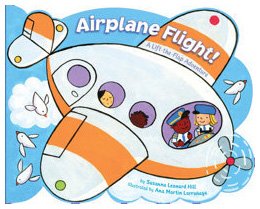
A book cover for Airplane Flight!: A Lift-the-Flap Adventure; Susanna Leonard Hill; Children's Books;